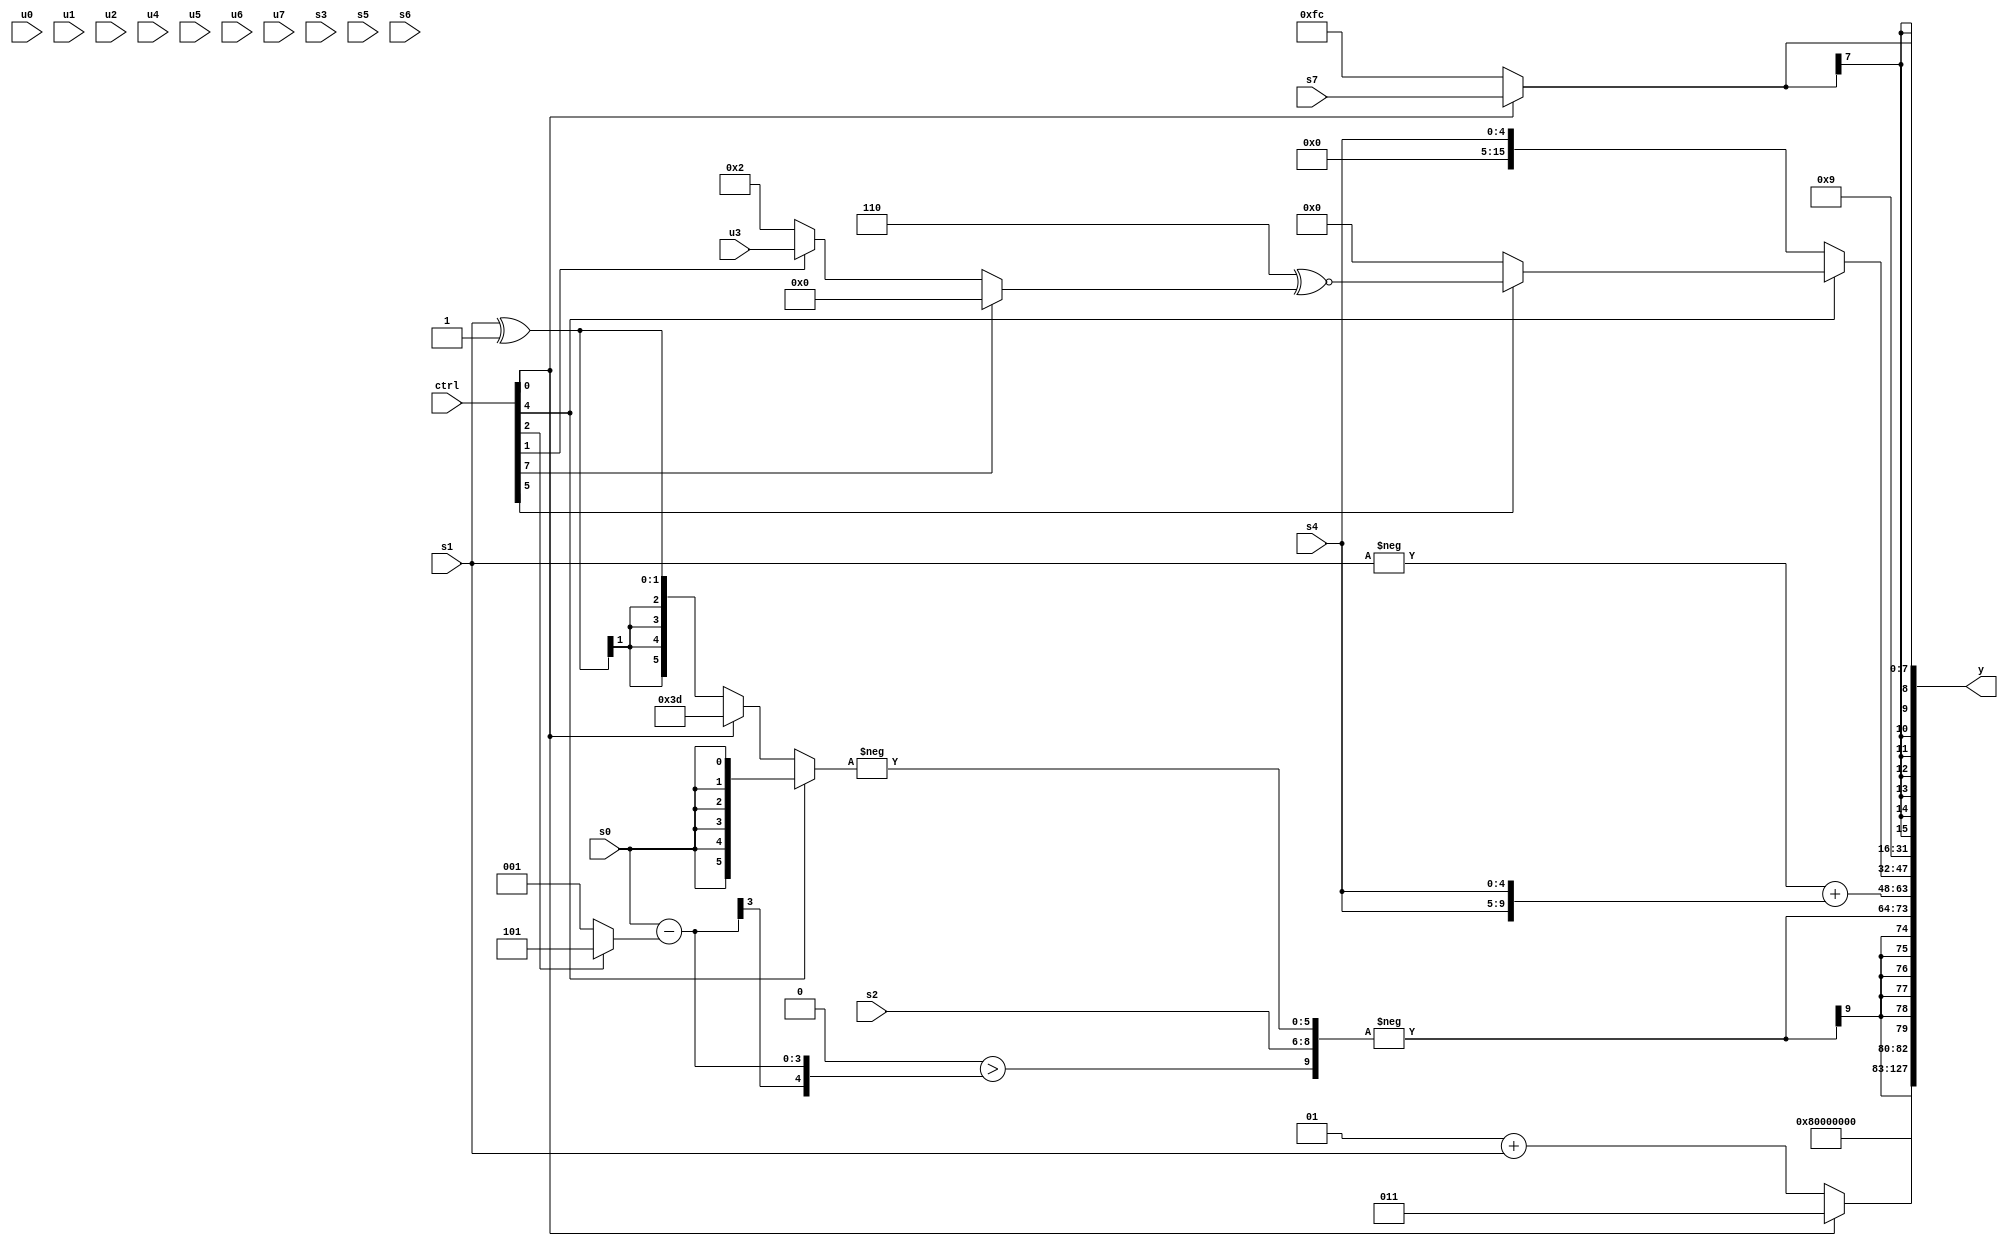
module wideexpr_00199(ctrl, u0, u1, u2, u3, u4, u5, u6, u7, s0, s1, s2, s3, s4, s5, s6, s7, y);
  input [7:0] ctrl;
  input [0:0] u0;
  input [1:0] u1;
  input [2:0] u2;
  input [3:0] u3;
  input [4:0] u4;
  input [5:0] u5;
  input [6:0] u6;
  input [7:0] u7;
  input signed [0:0] s0;
  input signed [1:0] s1;
  input signed [2:0] s2;
  input signed [3:0] s3;
  input signed [4:0] s4;
  input signed [5:0] s5;
  input signed [6:0] s6;
  input signed [7:0] s7;
  output [127:0] y;
  wire [15:0] y0;
  wire [15:0] y1;
  wire [15:0] y2;
  wire [15:0] y3;
  wire [15:0] y4;
  wire [15:0] y5;
  wire [15:0] y6;
  wire [15:0] y7;
  assign y = {y0,y1,y2,y3,y4,y5,y6,y7};
  assign y0 = -(3'sb100);
  assign y1 = 1'sb0;
  assign y2 = +({{3{1'sb0}},(ctrl[0]?(3'sb000)+(3'sb011):$signed(((3'sb001)+(s1))>>(4'sb0000)))});
  assign y3 = $signed(-({&((1'sb0)>(($signed($signed(s0)))-((ctrl[2]?(5'sb11111)+(4'sb0110):+((4'sb0011)&(2'b01)))))),s2,$signed(-((ctrl[4]?$signed(+({s0})):(ctrl[0]?(ctrl[4]?(s5)|(s4):3'sb101):(s1)^($signed(2'sb11))))))}));
  assign y4 = (-(+(s1)))+({2{s4}});
  assign y5 = (ctrl[4]?(ctrl[5]?+((3'b110)^~((ctrl[7]?5'b00000:(ctrl[1]?u3:2'b10)))):~|({s4,s6,$unsigned($signed(5'sb00010))})):s4);
  assign y6 = ((6'sb001000)^~(5'sb01000))&(5'sb01001);
  assign y7 = (ctrl[0]?s7:3'sb100);
endmodule